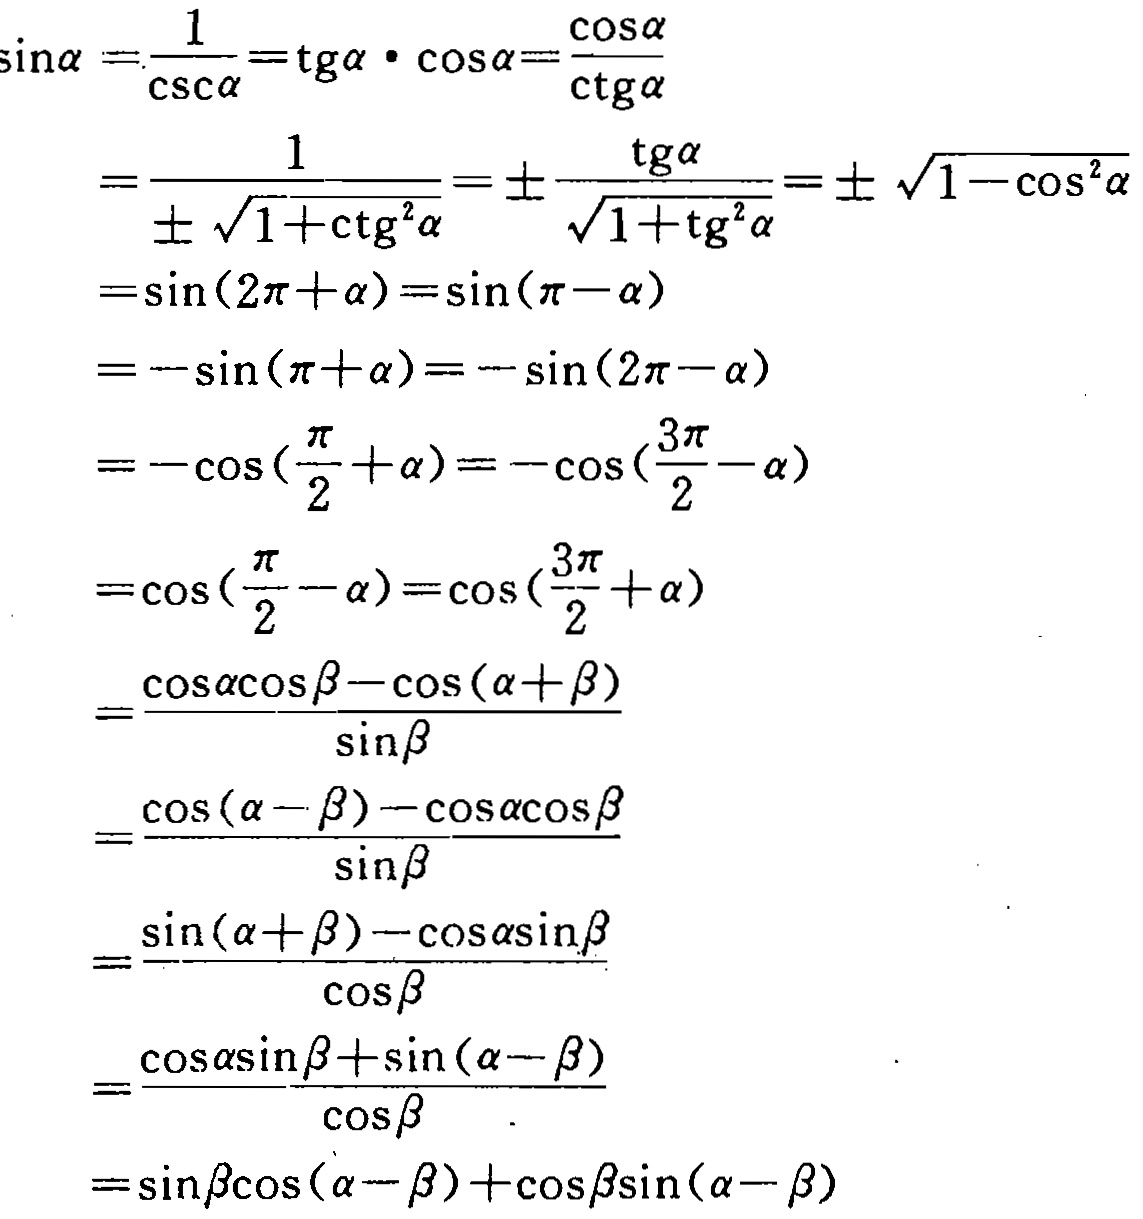
\[\begin{align*}

\sin\alpha&=\frac{1}{\csc\alpha}=\operatorname{tg}\alpha\cdot\cos\alpha=\frac{\cos\alpha}{\operatorname{ctg}\alpha}\\

&=\frac{1}{\pm\sqrt{1 + \operatorname{ctg}^{2}\alpha}}=\pm\frac{\operatorname{tg}\alpha}{\sqrt{1+\operatorname{tg}^{2}\alpha}}=\pm\sqrt{1-\cos^{2}\alpha}\\

&=\sin(2\pi+\alpha)=\sin(\pi - \alpha)\\

&=-\sin(\pi+\alpha)=-\sin(2\pi - \alpha)\\

&=-\cos(\frac{\pi}{2}+\alpha)=-\cos(\frac{3\pi}{2}-\alpha)\\

&=\cos(\frac{\pi}{2}-\alpha)=\cos(\frac{3\pi}{2}+\alpha)\\

&=\frac{\cos\alpha\cos\beta-\cos(\alpha + \beta)}{\sin\beta}\\

&=\frac{\cos(\alpha-\beta)-\cos\alpha\cos\beta}{\sin\beta}\\

&=\frac{\sin(\alpha + \beta)-\cos\alpha\sin\beta}{\cos\beta}\\

&=\frac{\cos\alpha\sin\beta+\sin(\alpha - \beta)}{\cos\beta}\\

&=\sin\beta\cos(\alpha - \beta)+\cos\beta\sin(\alpha - \beta)

\end{align*}\]